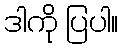
ဒါကို ပြပါ။